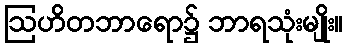
ဩဟိတဘာရော၌ ဘာရသုံးမျိုး။